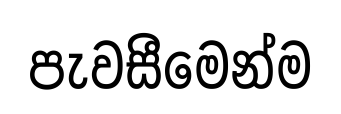
පැවසීමෙන්ම